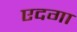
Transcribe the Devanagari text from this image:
एदगा